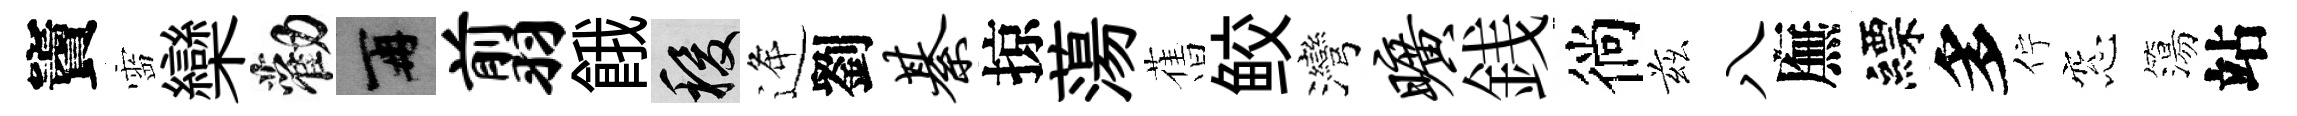
竇靈欒勸再翦餓稷逄劉綦掠蕩𦾔鲛灣旷銭徜兹八廡縹多佇窓簜站